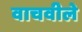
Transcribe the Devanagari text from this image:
वाचवीले